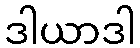
ဒါယာဒါ